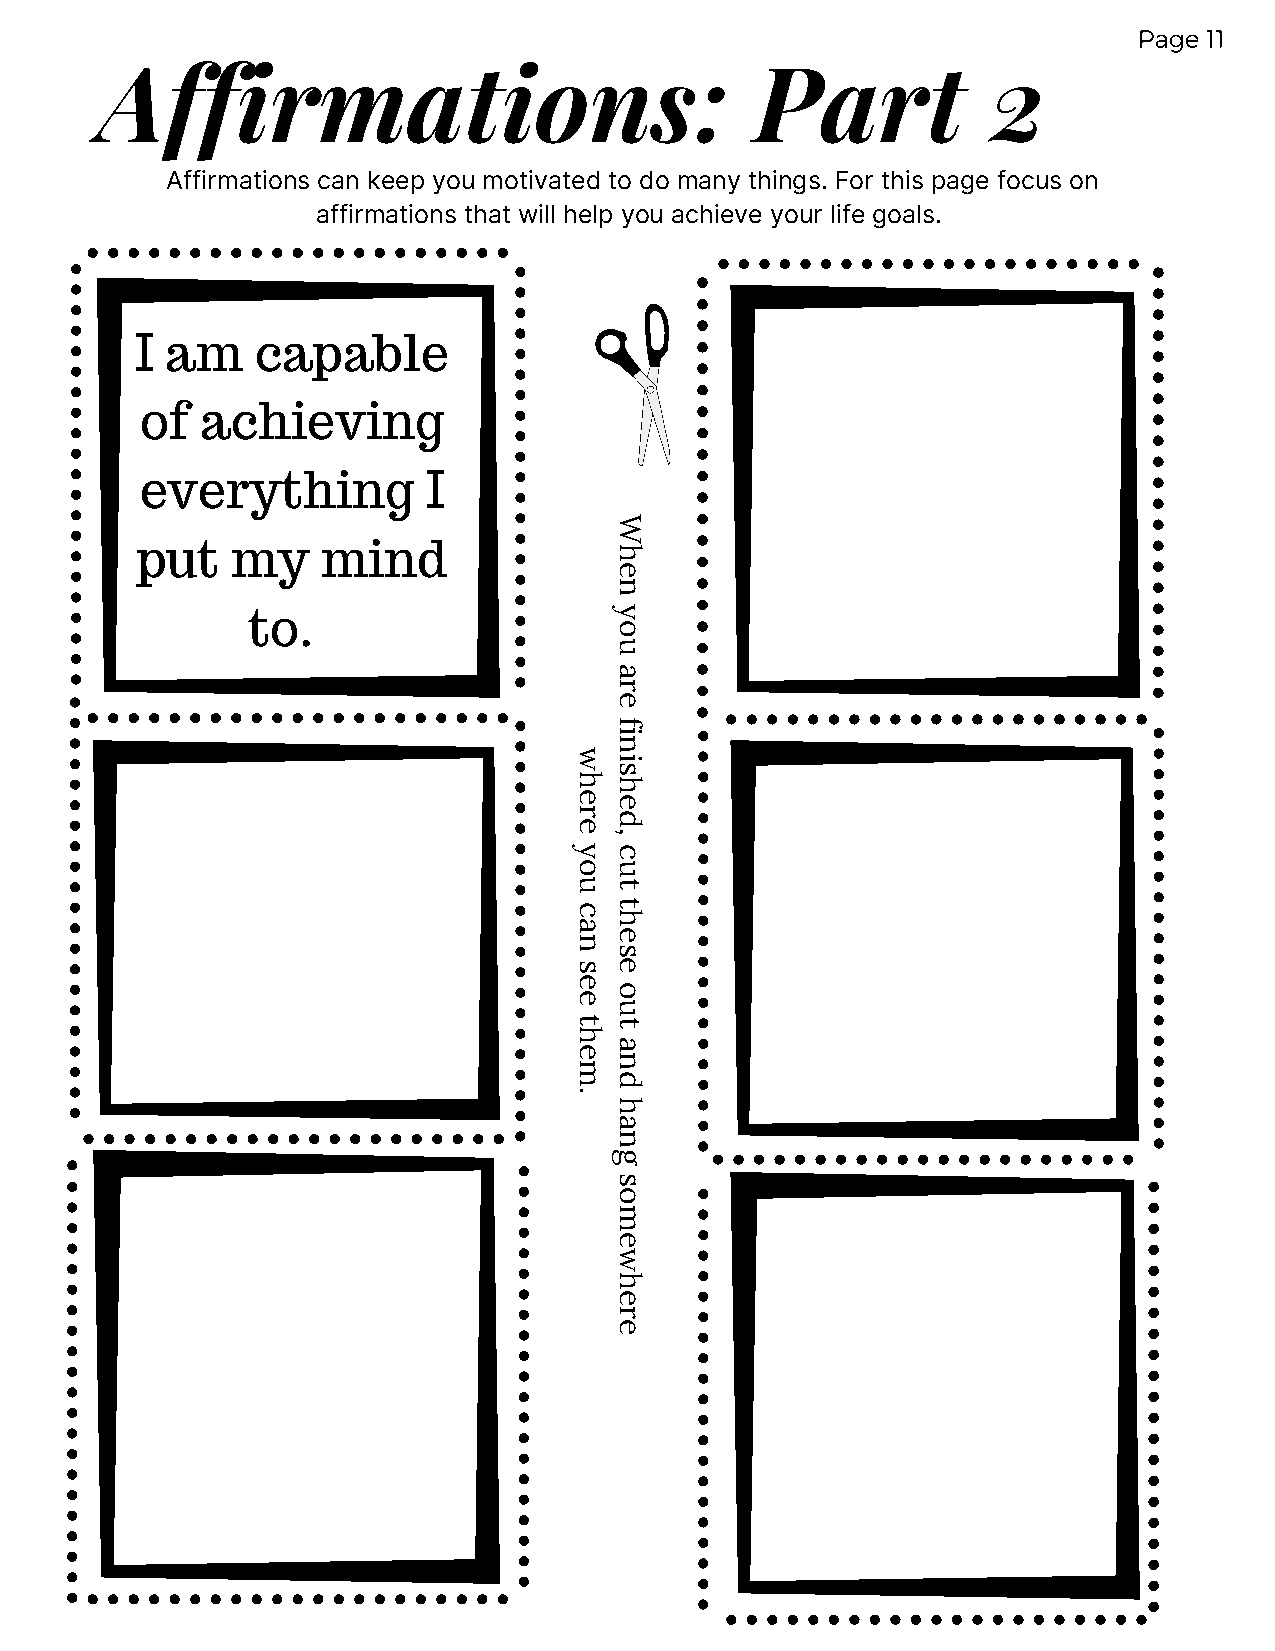
Page 11
 Affirmations:                              Part            2
 Affirmations can keep you motivated to do many things. For this page focus on
 affirmations that will help you achieve your life goals.
 I am    capable
 of  achieving
 everything         I
 W
 put   my    mind                h
 e
 n
 to.                      y
 o
 u
 a
 r
 e
 f
 i
 n
 w
 i
 s
 h  h
 e  e
 r  d
 e
 ,
 y  c
 o  u
 u  t
 c  t
 h
 a
 e
 n
 s
 s  e
 e
 o
 e
 u
 t  t
 h
 a
 e
 n
 m
 d
 .
 h
 a
 n
 g
 s
 o
 m
 e
 w
 h
 e
 r
 e